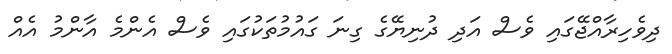
ދިވެހިރާއްޖޭގައި ވެސް އަދި ދުނިޔޭގެ ގިނަ ގައުމުތަކުގައި ވެސް އެންމެ އާންމު އެއް